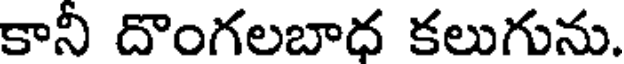
కానీ దొంగలబాధ కలుగును.